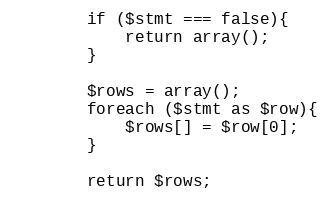
Language: PHP
        if ($stmt === false){
            return array();
        }

        $rows = array();
        foreach ($stmt as $row){
            $rows[] = $row[0];
        }

        return $rows;